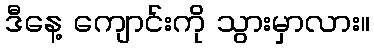
ဒီနေ့ ကျောင်းကို သွားမှာလား။